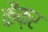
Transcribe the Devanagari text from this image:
कैंफ़र